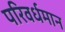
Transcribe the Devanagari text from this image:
परिवर्धमान